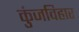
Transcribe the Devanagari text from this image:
कुंजविहार